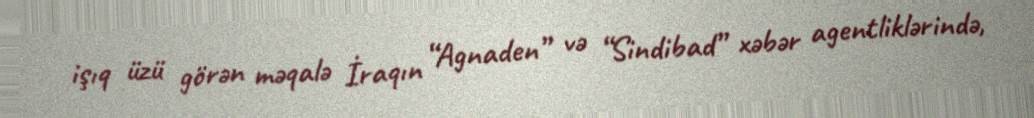
işıq üzü görən məqalə İraqın “Agnaden” və “Sindibad” xəbər agentliklərində,